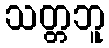
သတ္တဘူ